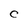
Character: C